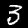
Digit: 3